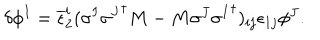
\delta \phi ^ { I } = \overline { { { \epsilon } } } _ { 2 } ^ { i } ( \sigma ^ { I } { \sigma ^ { J } } ^ { \dagger } M - M \sigma ^ { J } { \sigma ^ { I } } ^ { \dagger } ) _ { i j } \epsilon _ { 1 j } \phi ^ { J } .